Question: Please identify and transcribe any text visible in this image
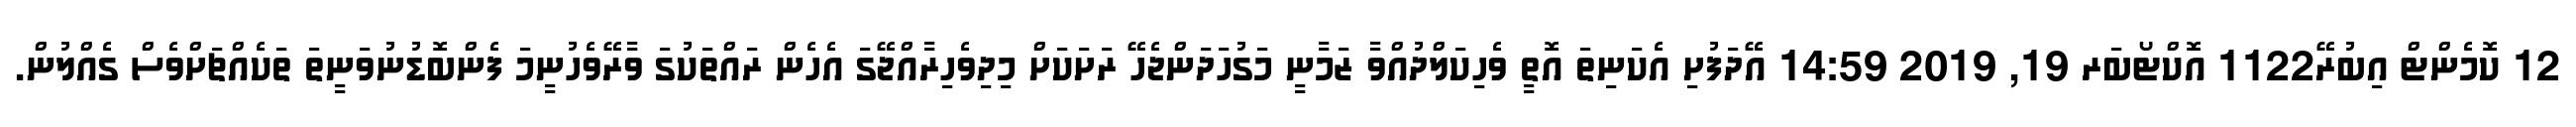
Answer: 12 ކޮމެންޓް އިބުރޭ1122 އޮކްޓޯބަރ 19, 2019 14:59 އޭދަފުށި އެކަނިތަ އޮތީ ވެހިކަލްދުއްވާ ޒަމާނީ މަގުހަދަންޖެހޭ ރަށަކަށް މިދިވެހިރާއްޖޭގަ އެހެން ރައްތަކުގަ ވާރޭވެހުނީމަ ފެންބޮޑުނުވަނީތަ ތަކެއްޗަށްވެސް ގެއްލުން.